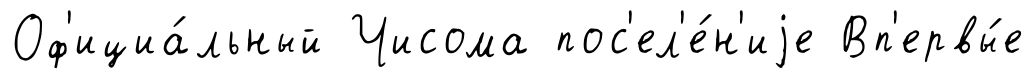
Оф'ициа́льный Чисома пос'ел'е́н'иjе Вп'ервы́е